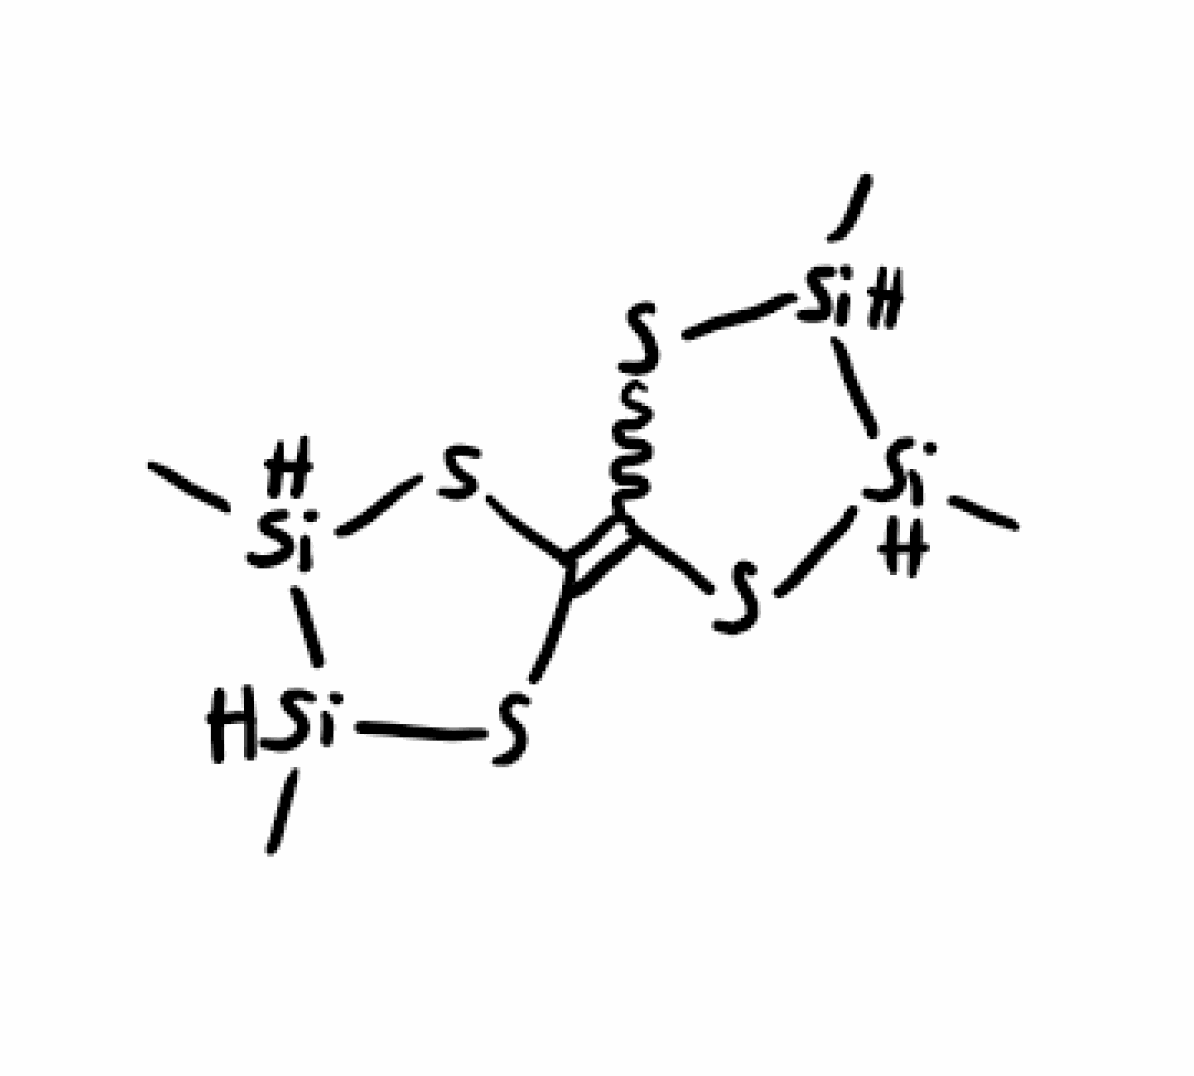
Simplified molecular-input line-entry system (SMILES) notation of the given molecule:
C[SiH]1[SiH](SC(=C2S[SiH]([SiH](S2)C)C)S1)C